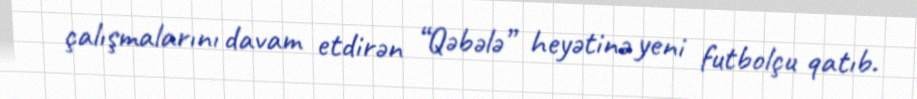
çalışmalarını davam etdirən “Qəbələ” heyətinə yeni futbolçu qatıb.